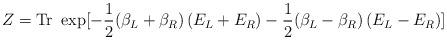
LaTeX: \begin{align*}Z= {\rm Tr}\ \exp[-\frac12(\beta_L + \beta_R)\left( E_L + E_R \right)-\frac12(\beta_L - \beta_R)\left( E_L - E_R \right)]\end{align*}